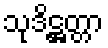
သုဒိဋ္ဌတ္တာ